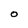
Character: 0